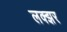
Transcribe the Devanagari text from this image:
लक्झर